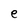
Character: e